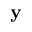
\mathbf { y }